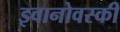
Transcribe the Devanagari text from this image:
इवानोवस्की